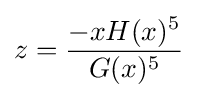
\displaystyle z={\frac {-xH(x)^{5}}{G(x)^{5}}}